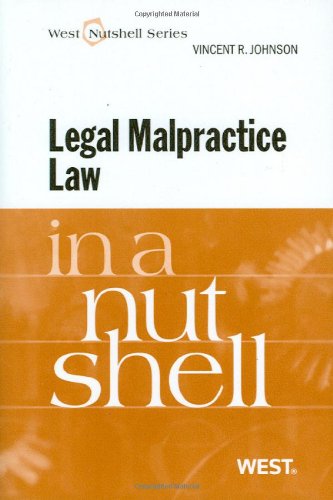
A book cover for Legal Malpractice Law in a Nutshell; Vincent Johnson; Law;